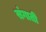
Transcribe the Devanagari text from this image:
संगाती